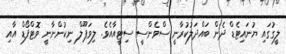
ލީގުގައި ޔުނައިޓެޑް ދެން ބައްދަލުކުރާނީ ސްވެންސީ ސިޓީއާއެވެ. ލިވަޕޫލް ނިކުންނާނީ ވޮޓްފޯޑް އާއި